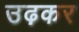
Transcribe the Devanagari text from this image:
उढ़कर